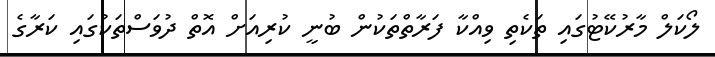
ލޯކަލް މާރުކޭޓުގައި ތަކެތި ވިއްކާ ފަރާތްތަކުން ބުނީ ކުރިއަށް އޮތް ދުވަސްތަކުގައި ކަރާގެ